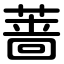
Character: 蔷